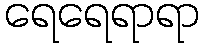
ရေရေရာရာ